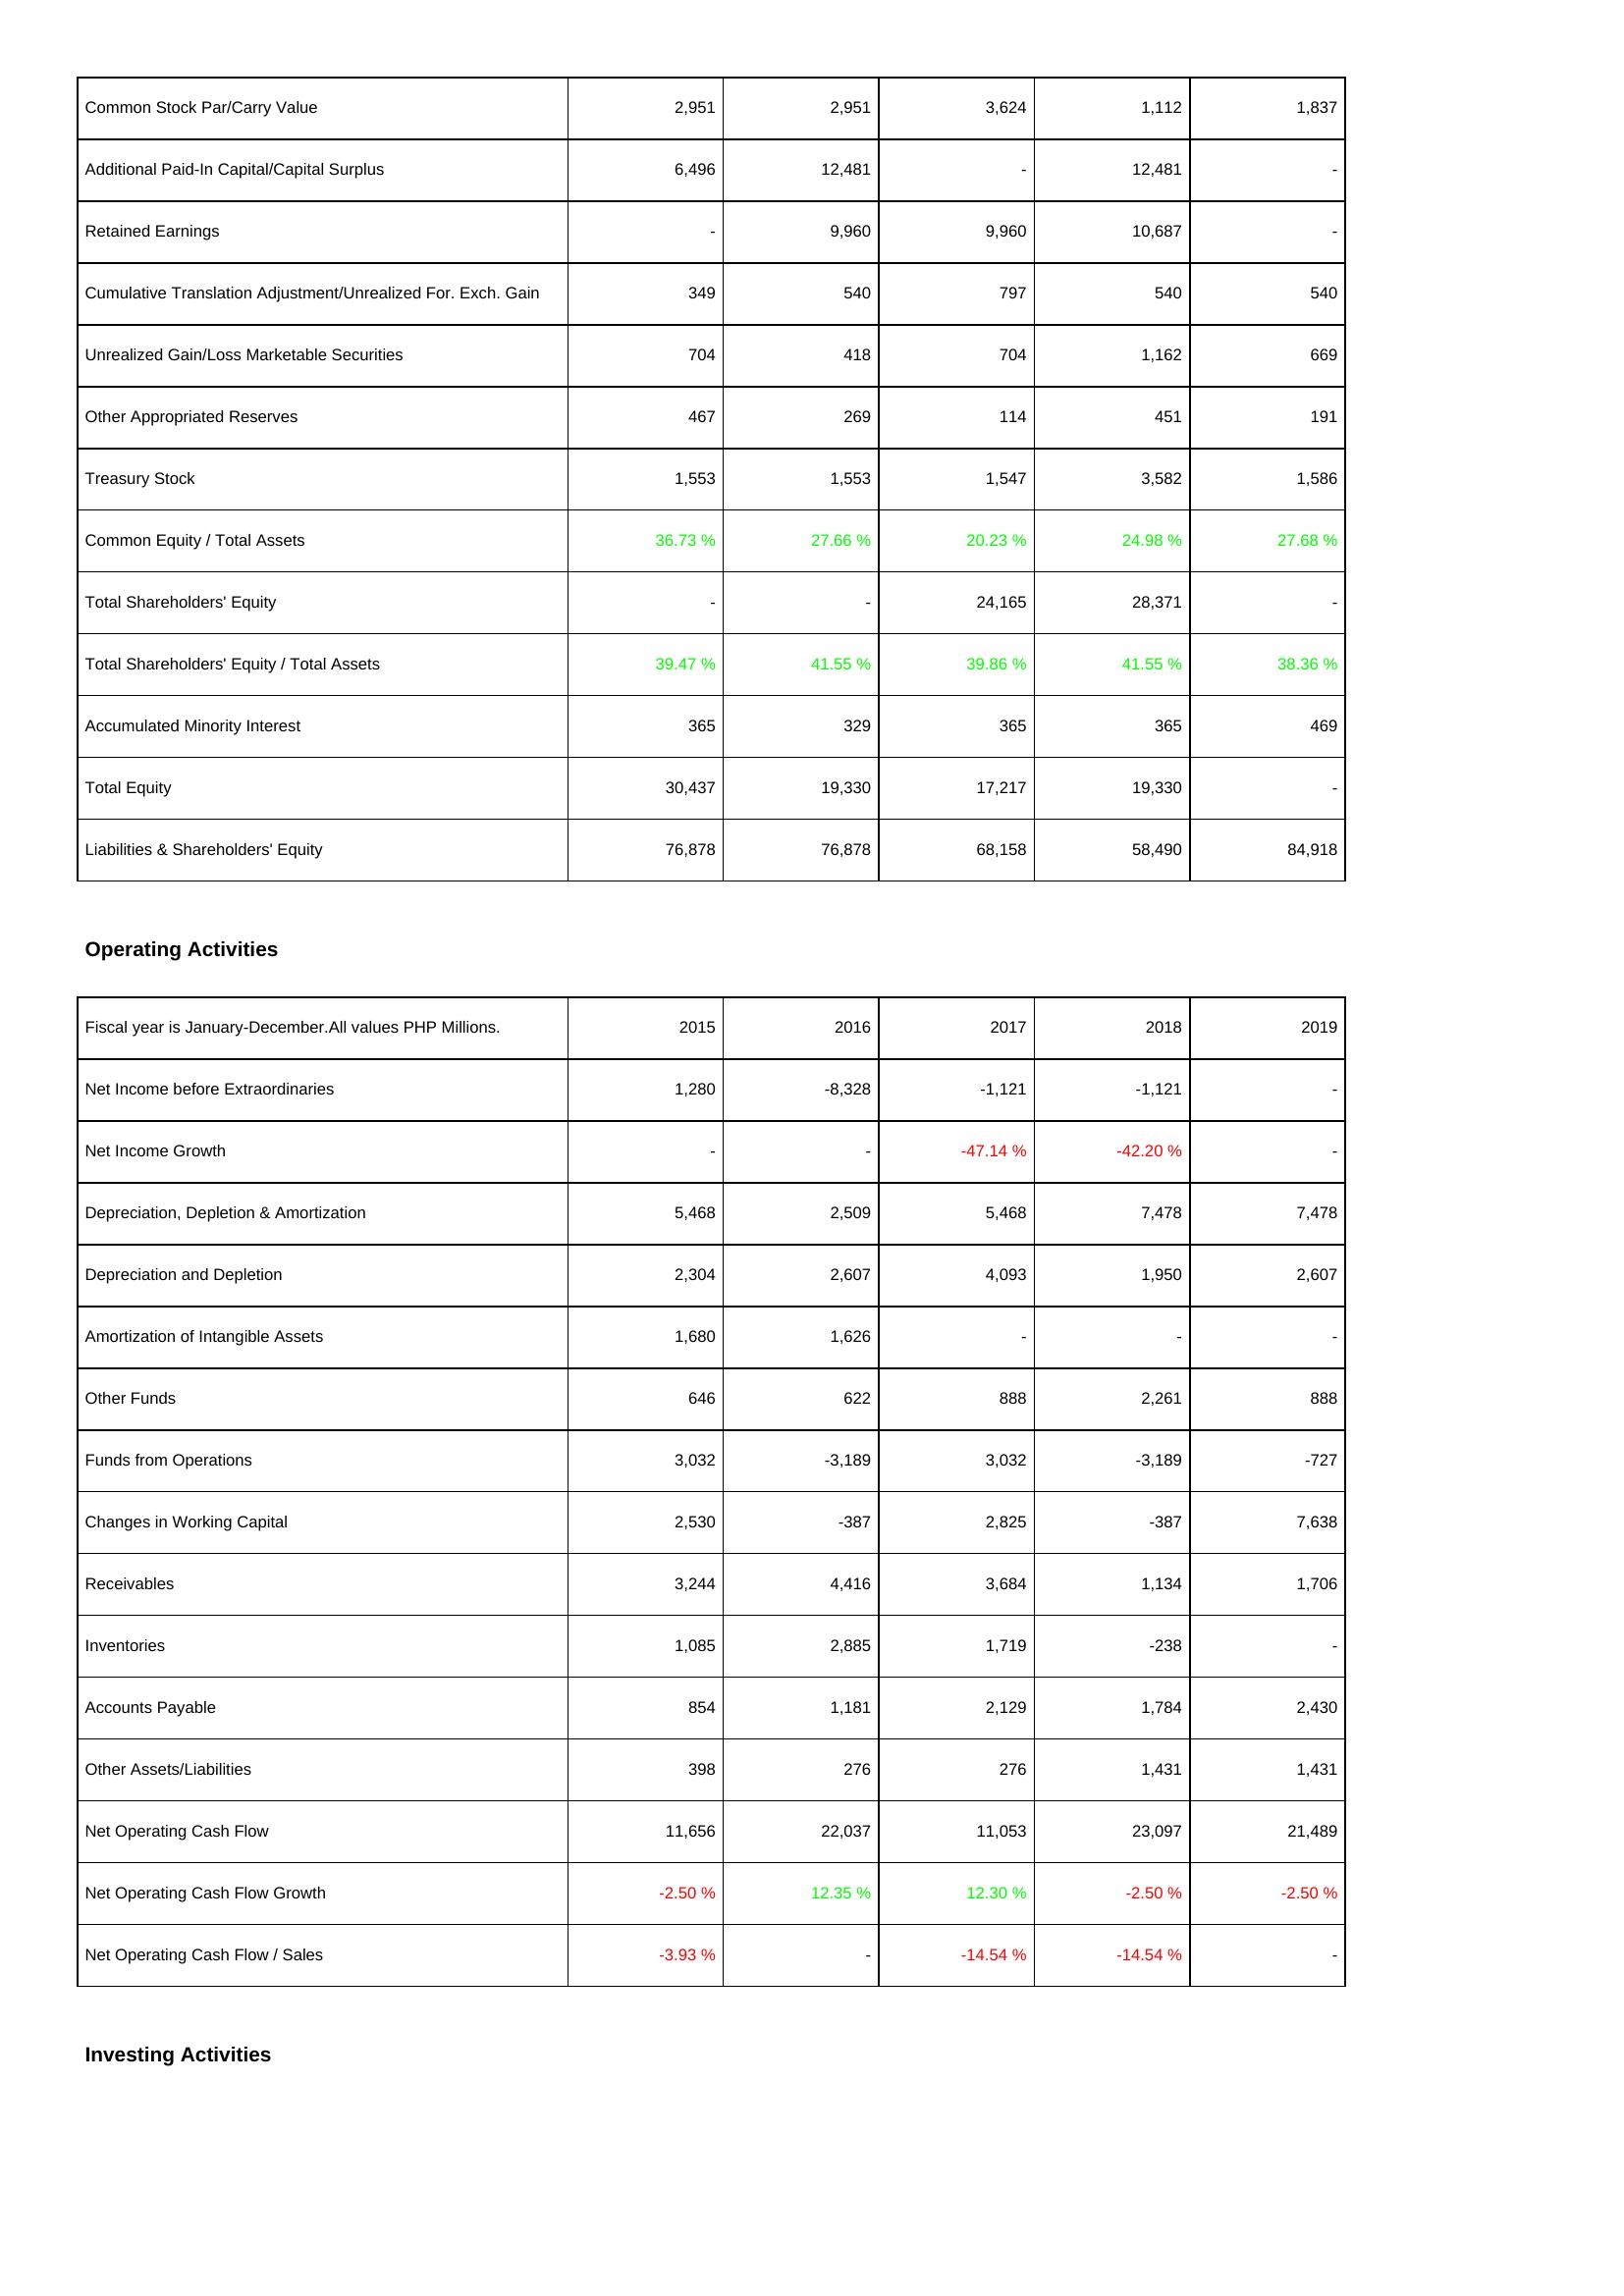
2015: Liabilities & Shareholders' Equity: Common Stock Par/Carry Value: 2,951
Additional Paid-In Capital/Capital Surplus: 6,496
Retained Earnings: -
Cumulative Translation Adjustment/Unrealized For. Exch. Gain: 349
Unrealized Gain/Loss Marketable Securities: 704
Other Appropriated Reserves: 467
Treasury Stock: 1,553
Common Equity / Total Assets: 36.73 %
Total Shareholders' Equity: -
Total Shareholders' Equity / Total Assets: 39.47 %
Accumulated Minority Interest: 365
Total Equity: 30,437
Liabilities & Shareholders' Equity: 76,878
Operating Activities: Net Income before Extraordinaries: 1,280
Net Income Growth: -
Depreciation, Depletion & Amortization: 5,468
Depreciation and Depletion: 2,304
Amortization of Intangible Assets: 1,680
Other Funds: 646
Funds from Operations: 3,032
Changes in Working Capital: 2,530
Receivables: 3,244
Inventories: 1,085
Accounts Payable: 854
Other Assets/Liabilities: 398
Net Operating Cash Flow: 11,656
Net Operating Cash Flow Growth: -2.50 %
Net Operating Cash Flow / Sales: -3.93 %
2016: Liabilities & Shareholders' Equity: Common Stock Par/Carry Value: 2,951
Additional Paid-In Capital/Capital Surplus: 12,481
Retained Earnings: 9,960
Cumulative Translation Adjustment/Unrealized For. Exch. Gain: 540
Unrealized Gain/Loss Marketable Securities: 418
Other Appropriated Reserves: 269
Treasury Stock: 1,553
Common Equity / Total Assets: 27.66 %
Total Shareholders' Equity: -
Total Shareholders' Equity / Total Assets: 41.55 %
Accumulated Minority Interest: 329
Total Equity: 19,330
Liabilities & Shareholders' Equity: 76,878
Operating Activities: Net Income before Extraordinaries: -8,328
Net Income Growth: -
Depreciation, Depletion & Amortization: 2,509
Depreciation and Depletion: 2,607
Amortization of Intangible Assets: 1,626
Other Funds: 622
Funds from Operations: -3,189
Changes in Working Capital: -387
Receivables: 4,416
Inventories: 2,885
Accounts Payable: 1,181
Other Assets/Liabilities: 276
Net Operating Cash Flow: 22,037
Net Operating Cash Flow Growth: 12.35 %
Net Operating Cash Flow / Sales: -
2017: Liabilities & Shareholders' Equity: Common Stock Par/Carry Value: 3,624
Additional Paid-In Capital/Capital Surplus: -
Retained Earnings: 9,960
Cumulative Translation Adjustment/Unrealized For. Exch. Gain: 797
Unrealized Gain/Loss Marketable Securities: 704
Other Appropriated Reserves: 114
Treasury Stock: 1,547
Common Equity / Total Assets: 20.23 %
Total Shareholders' Equity: 24,165
Total Shareholders' Equity / Total Assets: 39.86 %
Accumulated Minority Interest: 365
Total Equity: 17,217
Liabilities & Shareholders' Equity: 68,158
Operating Activities: Net Income before Extraordinaries: -1,121
Net Income Growth: -47.14 %
Depreciation, Depletion & Amortization: 5,468
Depreciation and Depletion: 4,093
Amortization of Intangible Assets: -
Other Funds: 888
Funds from Operations: 3,032
Changes in Working Capital: 2,825
Receivables: 3,684
Inventories: 1,719
Accounts Payable: 2,129
Other Assets/Liabilities: 276
Net Operating Cash Flow: 11,053
Net Operating Cash Flow Growth: 12.30 %
Net Operating Cash Flow / Sales: -14.54 %
2018: Liabilities & Shareholders' Equity: Common Stock Par/Carry Value: 1,112
Additional Paid-In Capital/Capital Surplus: 12,481
Retained Earnings: 10,687
Cumulative Translation Adjustment/Unrealized For. Exch. Gain: 540
Unrealized Gain/Loss Marketable Securities: 1,162
Other Appropriated Reserves: 451
Treasury Stock: 3,582
Common Equity / Total Assets: 24.98 %
Total Shareholders' Equity: 28,371
Total Shareholders' Equity / Total Assets: 41.55 %
Accumulated Minority Interest: 365
Total Equity: 19,330
Liabilities & Shareholders' Equity: 58,490
Operating Activities: Net Income before Extraordinaries: -1,121
Net Income Growth: -42.20 %
Depreciation, Depletion & Amortization: 7,478
Depreciation and Depletion: 1,950
Amortization of Intangible Assets: -
Other Funds: 2,261
Funds from Operations: -3,189
Changes in Working Capital: -387
Receivables: 1,134
Inventories: -238
Accounts Payable: 1,784
Other Assets/Liabilities: 1,431
Net Operating Cash Flow: 23,097
Net Operating Cash Flow Growth: -2.50 %
Net Operating Cash Flow / Sales: -14.54 %
2019: Liabilities & Shareholders' Equity: Common Stock Par/Carry Value: 1,837
Additional Paid-In Capital/Capital Surplus: -
Retained Earnings: -
Cumulative Translation Adjustment/Unrealized For. Exch. Gain: 540
Unrealized Gain/Loss Marketable Securities: 669
Other Appropriated Reserves: 191
Treasury Stock: 1,586
Common Equity / Total Assets: 27.68 %
Total Shareholders' Equity: -
Total Shareholders' Equity / Total Assets: 38.36 %
Accumulated Minority Interest: 469
Total Equity: -
Liabilities & Shareholders' Equity: 84,918
Operating Activities: Net Income before Extraordinaries: -
Net Income Growth: -
Depreciation, Depletion & Amortization: 7,478
Depreciation and Depletion: 2,607
Amortization of Intangible Assets: -
Other Funds: 888
Funds from Operations: -727
Changes in Working Capital: 7,638
Receivables: 1,706
Inventories: -
Accounts Payable: 2,430
Other Assets/Liabilities: 1,431
Net Operating Cash Flow: 21,489
Net Operating Cash Flow Growth: -2.50 %
Net Operating Cash Flow / Sales: -